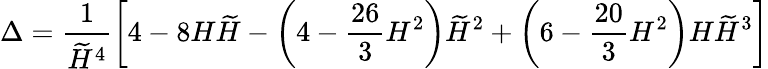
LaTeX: \Delta=\frac{1}{\widetilde{H}^{4}}\left[4-8H\widetilde{H}-\left(4-\frac{26}{3}H^{2}\right)\widetilde{H}^{2}+\left(6-\frac{20}{3}H^{2}\right)H\widetilde{H}^{3}\right]